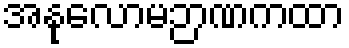
အနုလောမဉာဏကထာ